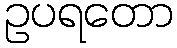
ဥပရတော